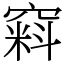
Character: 窲